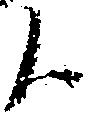
候